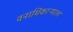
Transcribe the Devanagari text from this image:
वनाधिकाऱ्याला